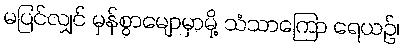
မပြင်လျှင် မှန်စွာမျောမှာမို့ သံသာကြော ရေယဉ်၊